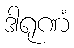
ဒါရုဏံ